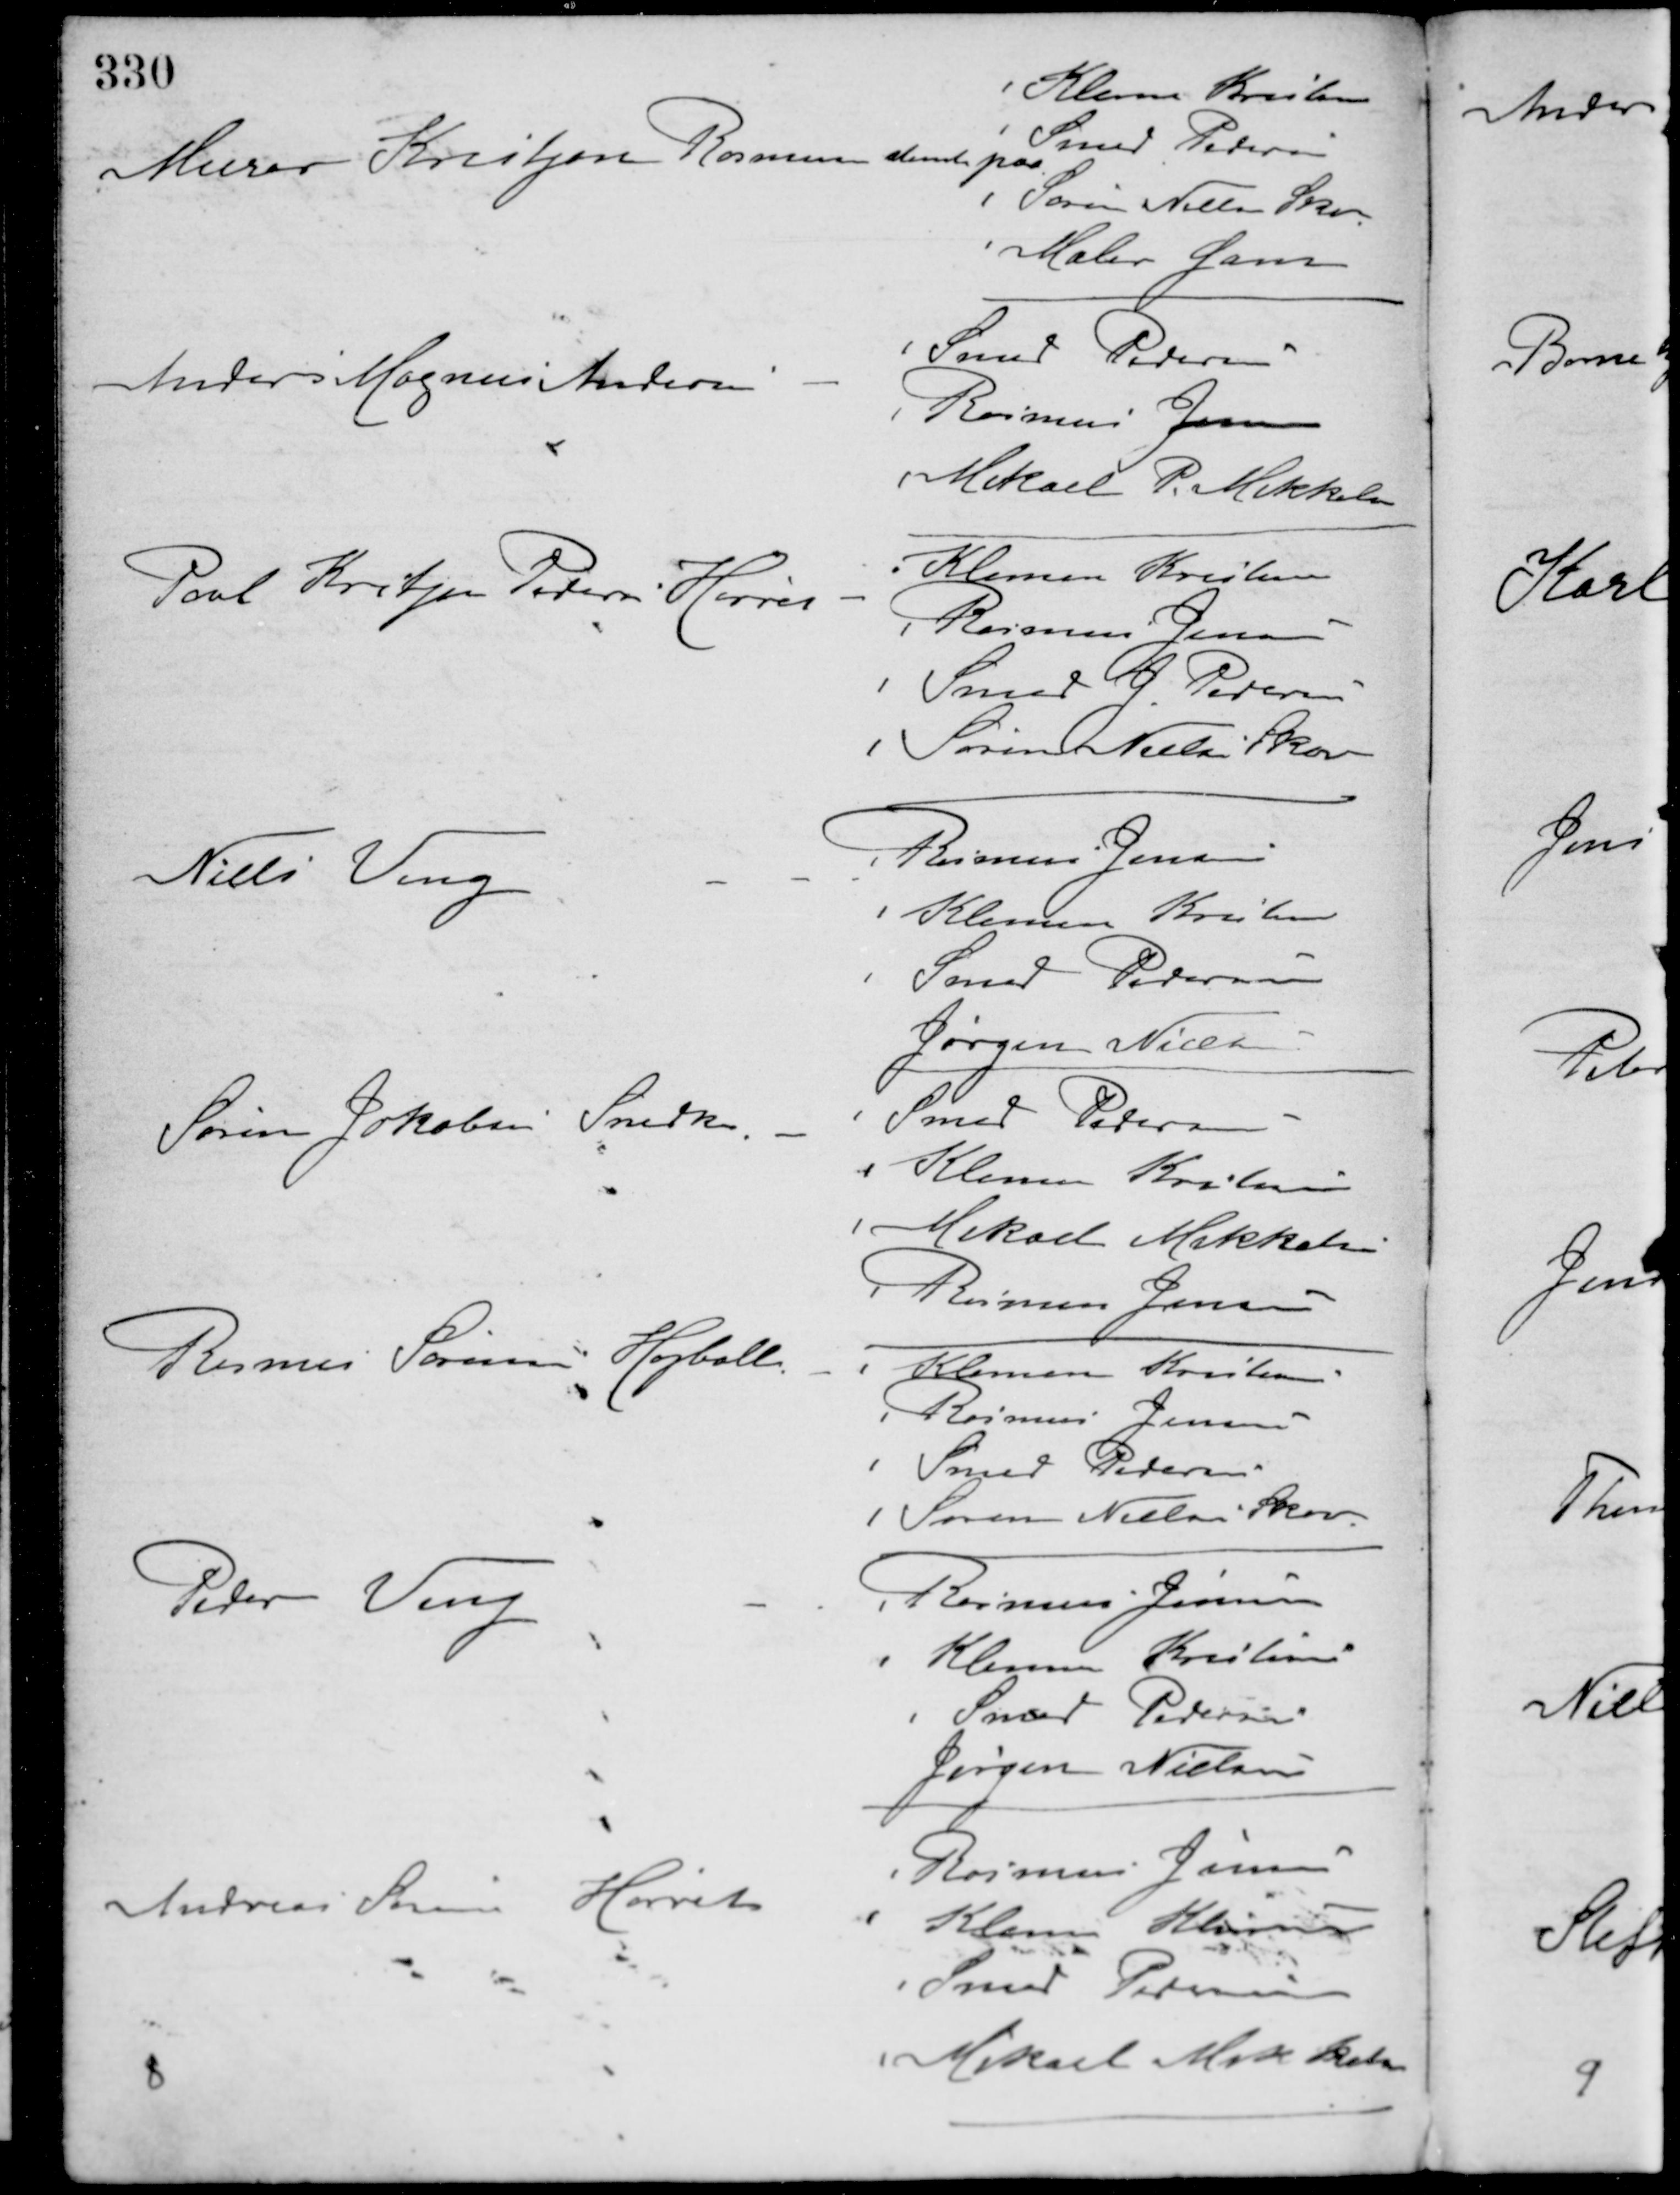
Transskription:
Murer Kristjan Rasmussen stemte paa
Klemen Kristensen
Smed Pedersen
Søren Nielse Skov
Maler Gam
Anders Magnus Andersen -
Smed Pedersen
Rasmus Jensen
Mikael P. Mikkelsen
Poul Kristjan Pedersen Hørret -
Klemen Kristensen
Rasmus Jensen
Smed J. Pedersen
Søren Nielsen Skov
Niels Veng -
Rasmus Jensen
Klemen Kristensen
Smed Pedersen
Jørgen Nielsen
Søren Jakobsen Snedker -
Smed Petersen
Klemen Kristensen
Mikael Mikkelsen
Rasmus Jensen
Rasmus Sørensen Højballe -
Klemen Kristensen
Rasmus Jensen
Smed Pedersen
Søren Nielsen Skov
Peder Veng -
Rasmus Jensen
Klemen Kristensen
Smed Pedersen
Jørgen Nielsen
Andreas Sørensen Hørret -
Rasmus Jensen
Klemen Kristensen
Smed Pedersen
Mikael Mikkelsen
8